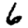
Digit: 6